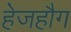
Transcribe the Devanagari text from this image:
हेजहौग